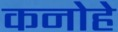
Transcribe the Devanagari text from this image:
कनोहे